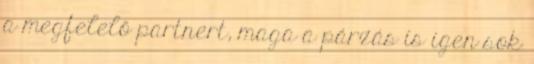
a megfelelő partnert, maga a párzás is igen sok